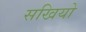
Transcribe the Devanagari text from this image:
सखियो